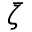
\bar { \zeta }